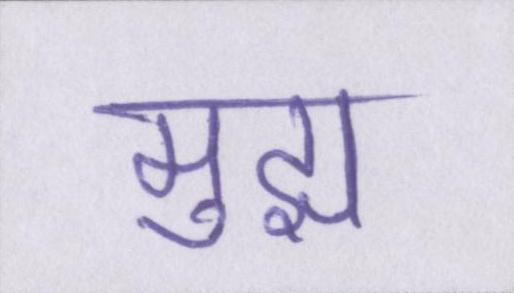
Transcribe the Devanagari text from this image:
मुझ